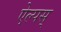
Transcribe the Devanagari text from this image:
ऐल्पस्